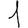
Digit: 1